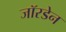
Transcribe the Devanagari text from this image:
जॉरडेन